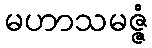
မဟာသမဇ္ဇံ